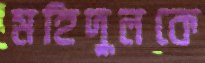
মহিদুলকে